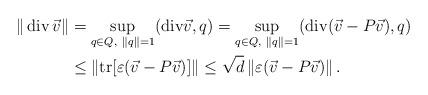
LaTeX: \begin{align*} \|\operatorname{div} \vec{v}\|&=\sup_{q\in Q,~\|q\|=1}({\rm div}\vec{v},q)=\sup_{q\in Q,~\|q\|=1}({\rm div}(\vec{v}-P\vec{v}),q)\\ &\leq \left\|{\rm tr} [\varepsilon(\vec{v}-P\vec{v})]\right\|\leq\sqrt{d} \left\|\varepsilon(\vec{v}-P\vec{v})\right\|.\end{align*}